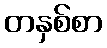
တနှစ်စာ